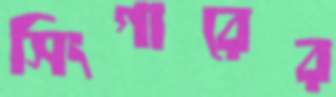
সিংগারের